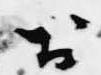
於